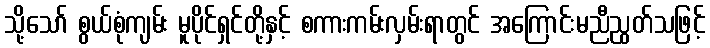
သို့သော် စွယ်စုံကျမ်း မူပိုင်ရှင်တို့နှင့် စကားကမ်းလှမ်းရာတွင် အကြောင်းမညီညွတ်သဖြင့်